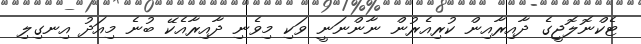
ޓެކްނޮލޮޖީގެ ދާއިރާއިން ކުރިއެރުން ނާންނަނީ ވަކި މިވެނި ދާއިރާއެކޭ ބުނެ މިއަދު އިނގިލި